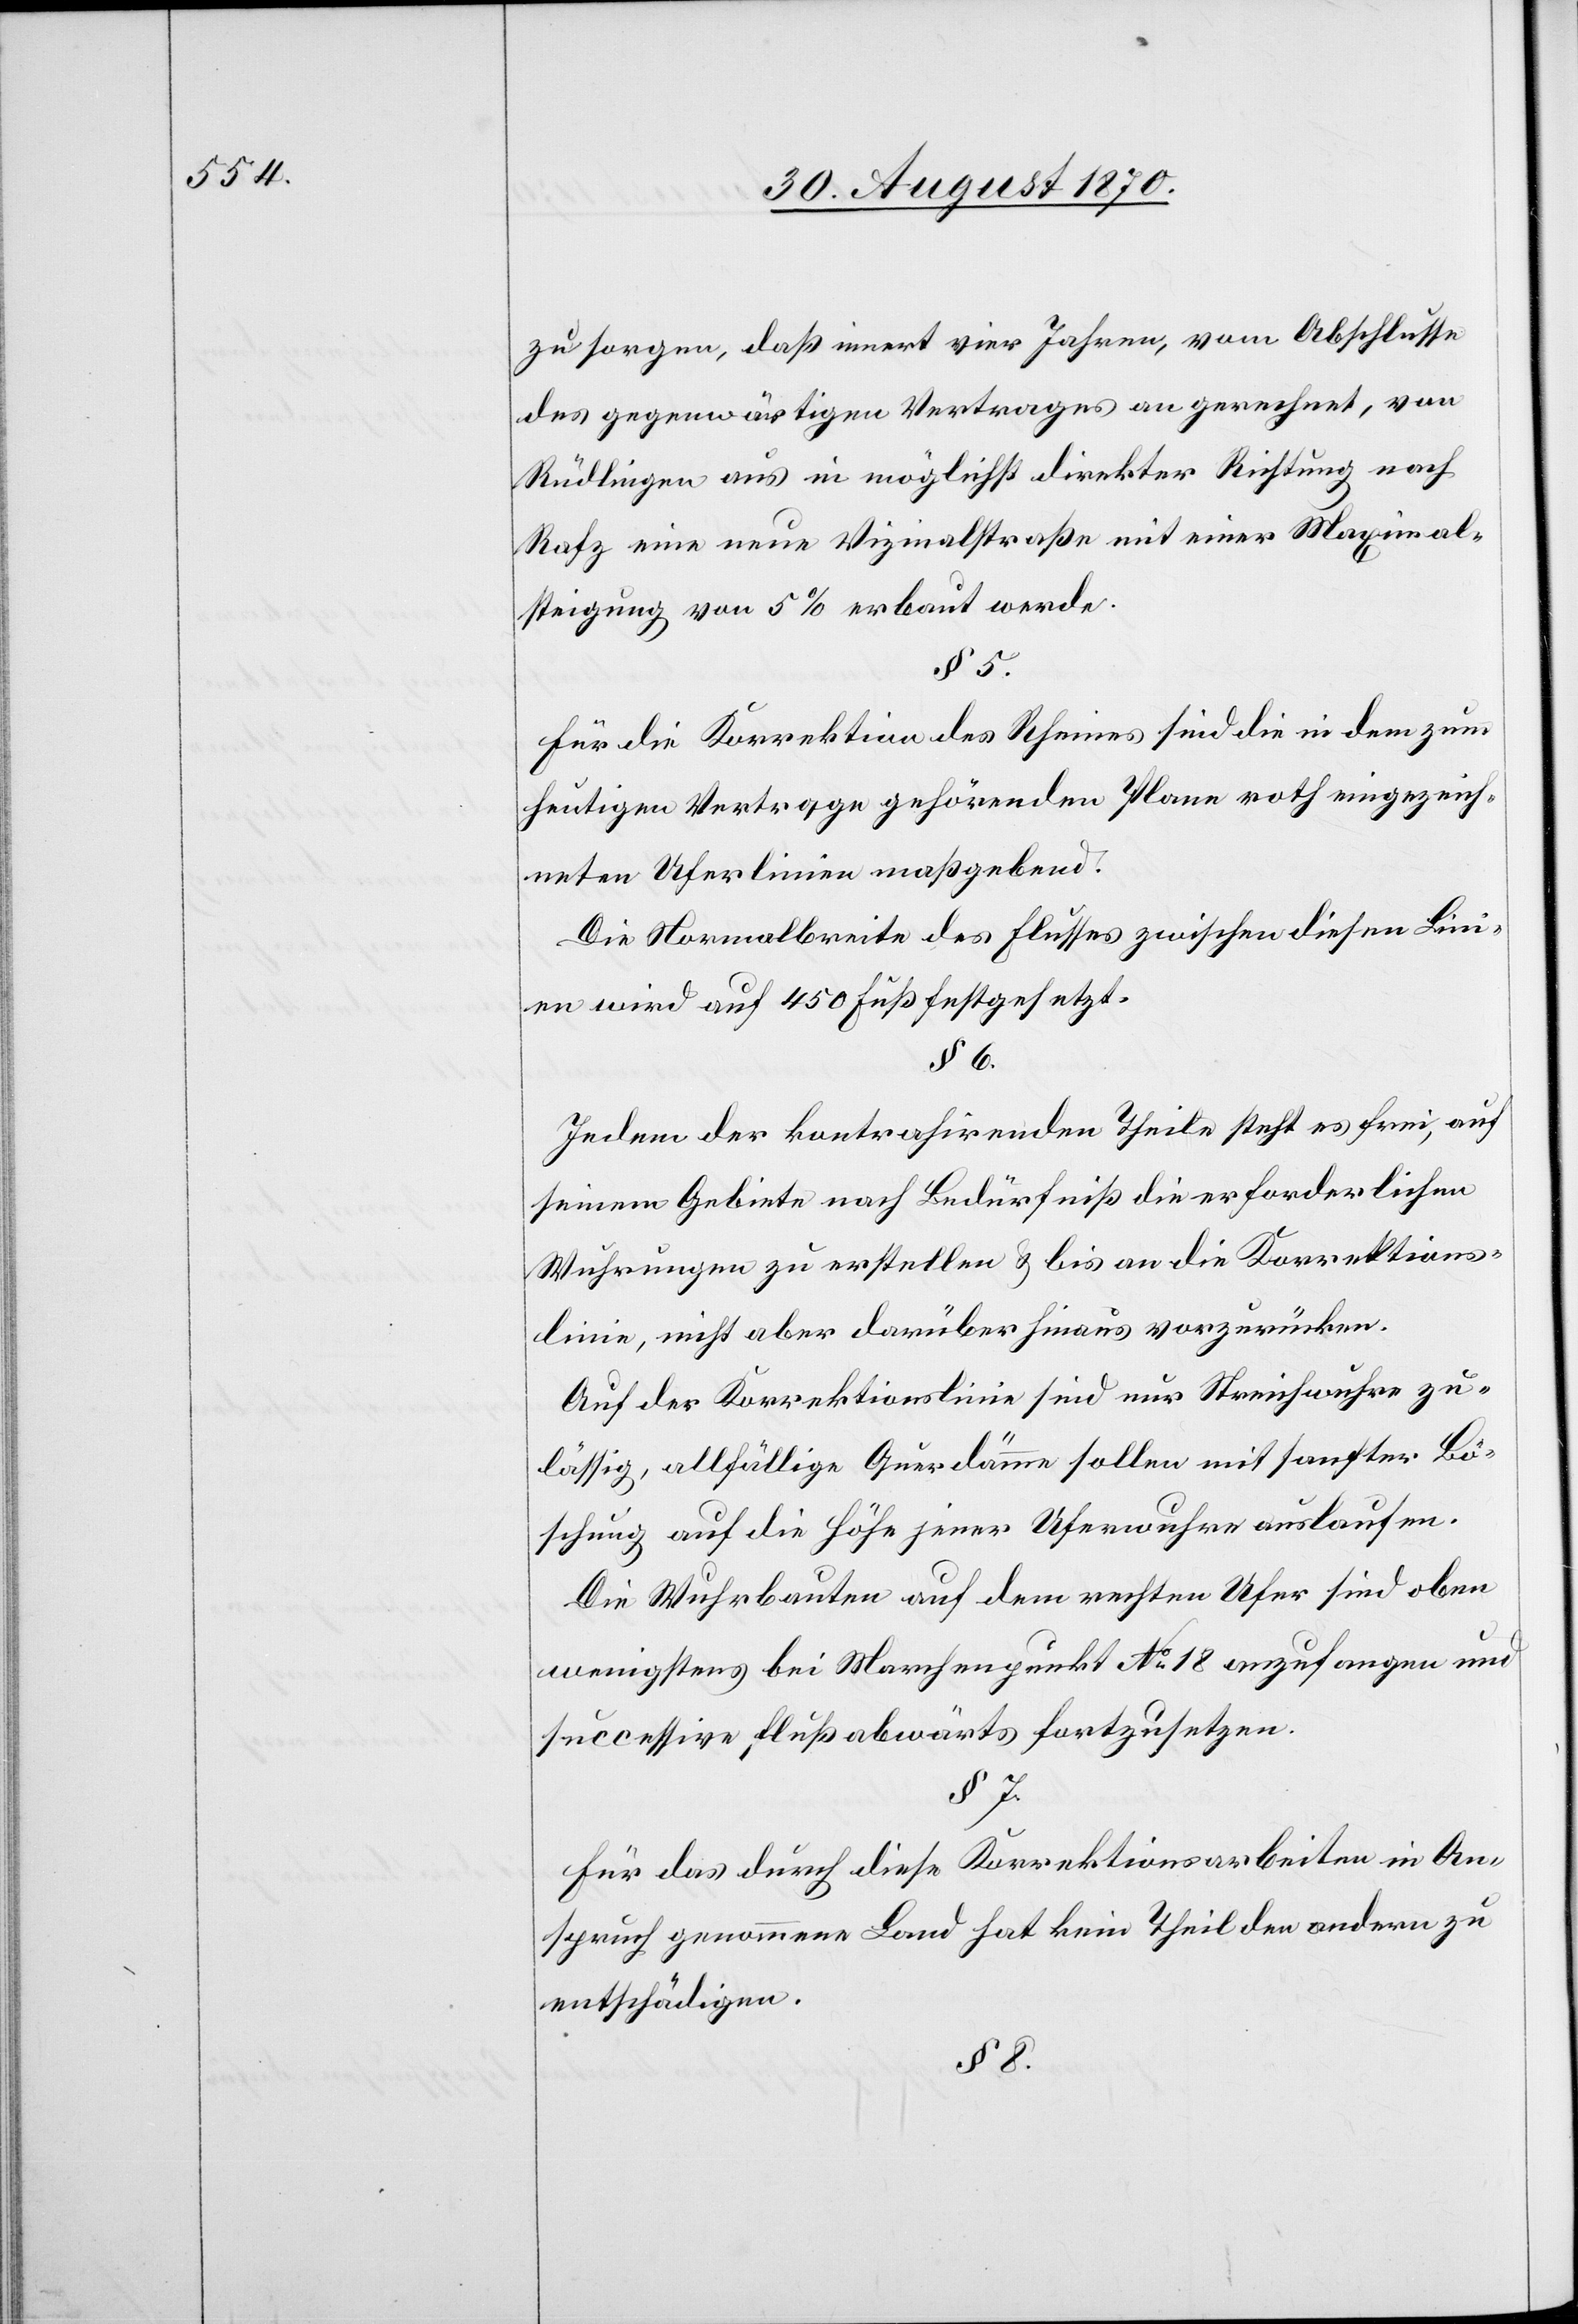
zu sorgen, daß innert vier Jahren, vom Abschlusse
des gegenwärtigen Vertrages an gerechnet, von
Rüdlingen aus in möglichst direkter Richtung nach
Rafz eine neue Vizinalstraße mit einer Maximal¬
steigung von 5% erbaut werde.
§ 5.
für die Korrektion des Rheines sind die in dem zum
heutigen Vertrage gehörenden Plane roth eingezeich¬
neten Uferlinien maßgebend.
Die Normalbreite des Flusses zwischen diesen Lini¬
en wird auf 450 Fuß festgesetzt.
§ 6.
Jedem der kontrahirenden Theile steht es frei, auf
seinem Gebiete nach Bedürfniß die erforderlichen
Wuhrungen zu erstellen & bis an die Korrektions¬
linie, nicht aber darüber hinaus vorzurücken.
Auf der Korrektionslinie sind nur Streichwuhre zu¬
lässig, allfällige Querdämme sollen mit sanfter Bö¬
schung auf die Höhe jener Uferwuhre auslaufen.
Die Wuhrbauten auf dem rechten Ufer sind oben
wenigstens bei Marchenpunkt No 18 aufzufangen und
successive flußabwärts fortzusetzen.
§ 7.
Für das durch diese Korrektionsarbeiten in An¬
spruch genommene Land hat kein Theil den andern zu
entschädigen.
§ 8.